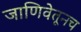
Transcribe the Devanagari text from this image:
जाणिवेतूनच